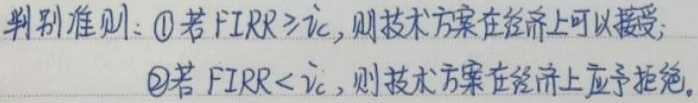
判别准则：\textcircled{1}若$\text{FIRR}\geq i_{c}$，则技术方案在经济上可以接受；
\textcircled{2}若$\text{FIRR}< i_{c}$，则技术方案在经济上应予拒绝。